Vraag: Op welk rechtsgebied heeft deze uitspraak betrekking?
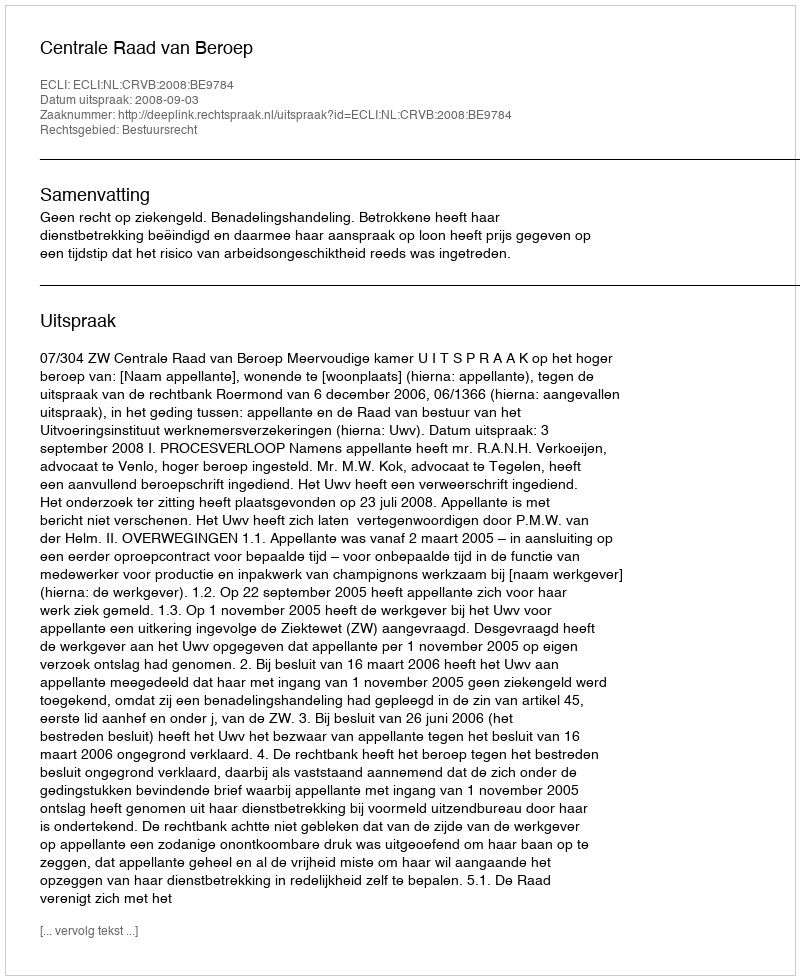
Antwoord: Bestuursrecht